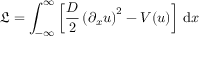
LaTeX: { \mathfrak { L } } = \int _ { - \infty } ^ { \infty } \left[ { \frac { D } { 2 } } \left( \partial _ { x } u \right) ^ { 2 } - V ( u ) \right] \, { \mathrm { d } } x